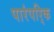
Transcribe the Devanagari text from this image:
पारंपरि्क